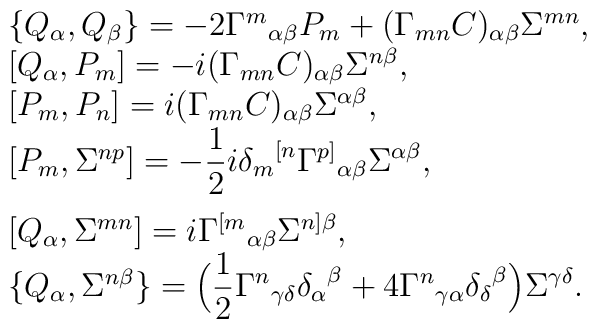
\begin{array}{l}\{Q_\alpha,Q_\beta\}=-2{\Gamma^m}_{\alpha\beta}P_m+(\Gamma_{mn}C)_{\alpha\beta}\Sigma^{mn},\\{}[Q_\alpha,P_m]=-i(\Gamma_{mn}C)_{\alpha\beta}\Sigma^{n\beta},\\{}[P_m,P_n]=i(\Gamma_{mn}C)_{\alpha\beta}\Sigma^{\alpha\beta},\\{}[P_m,\Sigma^{np}]=-\displaystyle\frac 12 i{\delta_m}^{[n}\Gamma^{p]}{}_{\alpha\beta}\Sigma^{\alpha\beta},\\[2ex]{}[Q_\alpha,\Sigma^{mn}]=i \Gamma^{[m}{}_{\alpha\beta}\Sigma^{n]\beta},\\\{Q_\alpha,\Sigma^{n\beta}\}=\Big(\displaystyle\frac 12{\Gamma^n}_{\gamma\delta}{\delta_\alpha}^\beta+4{\Gamma^n}_{\gamma\alpha}{\delta_\delta}^\beta\Big)\Sigma^{\gamma\delta}.\end{array}